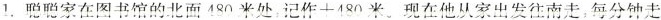
1.聪聪家在图书馆的北面480米处记作+480米。现在他从家出发往南走，每分钟走